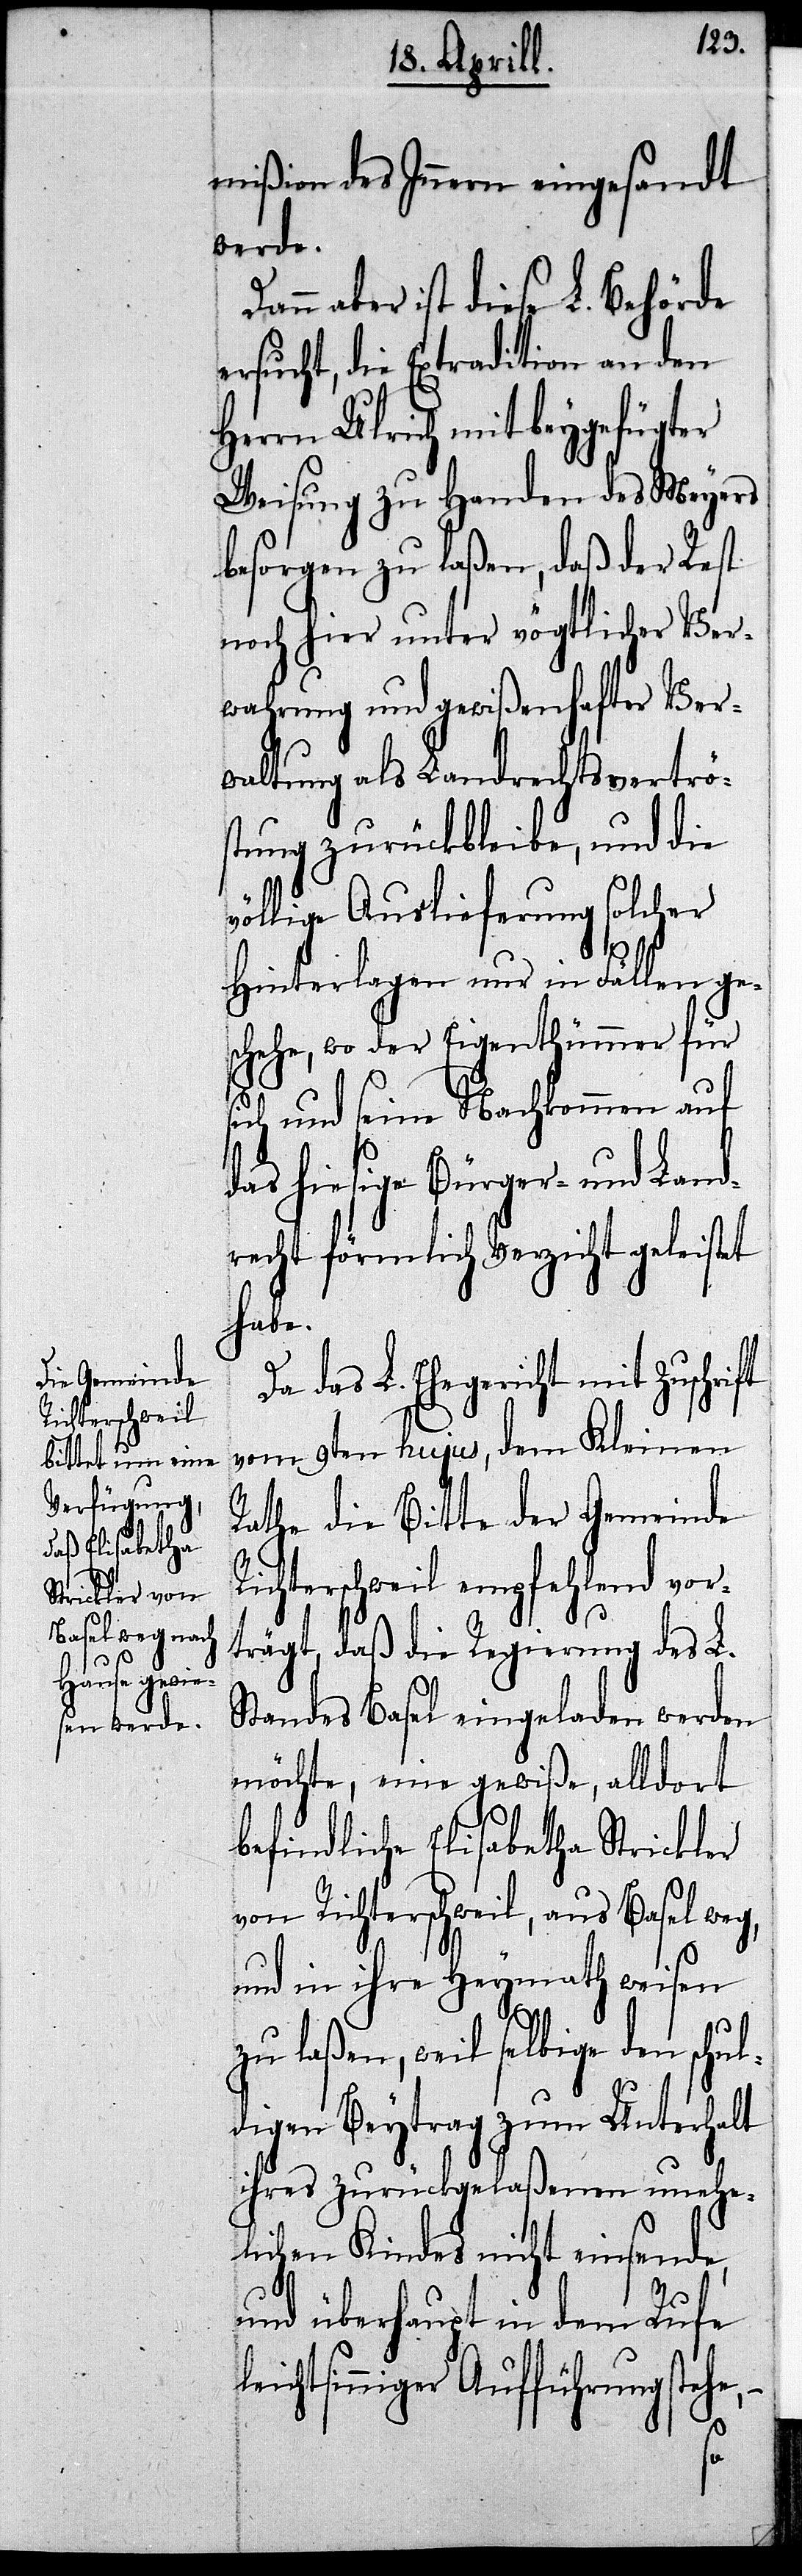
mißion des Innern eingesandt
werde.
aber ist diese L. Behörde
ersucht, die Extradition an den
Herrn Ulrich mit beygefügter
Weisung zu Handen des Meyers
besorgen zu laßen, daß der Rest
noch hier unter vögtlicher Ver¬
wahrung als Landrechtsvertrös¬
tung zurückbleibe, und die
völlige Auslieferung solcher
le¬
Hinterlegen nur in Fällen ge¬
schehe, wo der Eigenthümer für
sich und seine Nachkommen auf
das hiesige Bürger- und Land¬
recht förmlich Verzicht geleistet
habe.
das L. Ehegericht mit Zuschrift
vom 9ten hujus, dem Kleinen
Rathe die Bitte der Gemeinde
Richterschweil empfehlend vor¬
trägt, daß die Regierung des L.
Standes Basel eingeladen werden
möchte, eine gewiße, alldort
befindliche Elisabetha Strickler
von Richterschweil, aus Basel weg,
und in ihre Heymath weisen
zu laßen, weil selbige den schu¬
ldigen Beytrag zum Unterhalt
ihres zurückgelaßenen unehe¬
lichen Kindes nicht einsende,
und überhaupt in dem Rufe
ichtsinniger Aufführung stehe,–